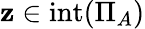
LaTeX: \mathbf{z}\in\operatorname{int}(\Pi_{A})